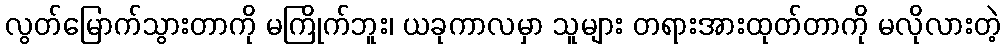
လွတ်မြောက်သွားတာကို မကြိုက်ဘူး၊ ယခုကာလမှာ သူများ တရားအားထုတ်တာကို မလိုလားတဲ့